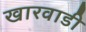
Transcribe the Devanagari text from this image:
खारवाडी